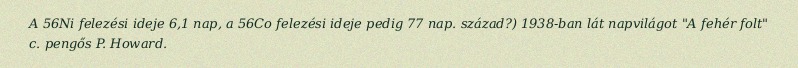
A 56Ni felezési ideje 6,1 nap, a 56Co felezési ideje pedig 77 nap. század?) 1938-ban lát napvilágot "A fehér folt" c. pengős P. Howard.